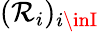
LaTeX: (\mathcal{R}_{i})_{i\inI}